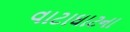
વાટાઘાટના